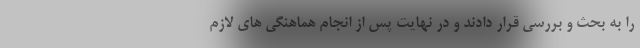
را به بحث و بررسی قرار دادند و در نهایت پس از انجام هماهنگی های لازم